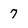
Character: 7